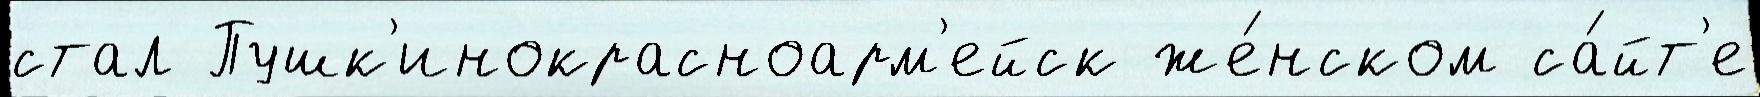
стал Пушк'инокрасноарм'ейск же́нском са́йт'е